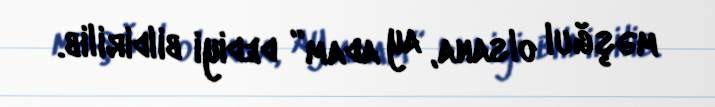
məşğul olsana, ay adam” dediyi bildirilib.